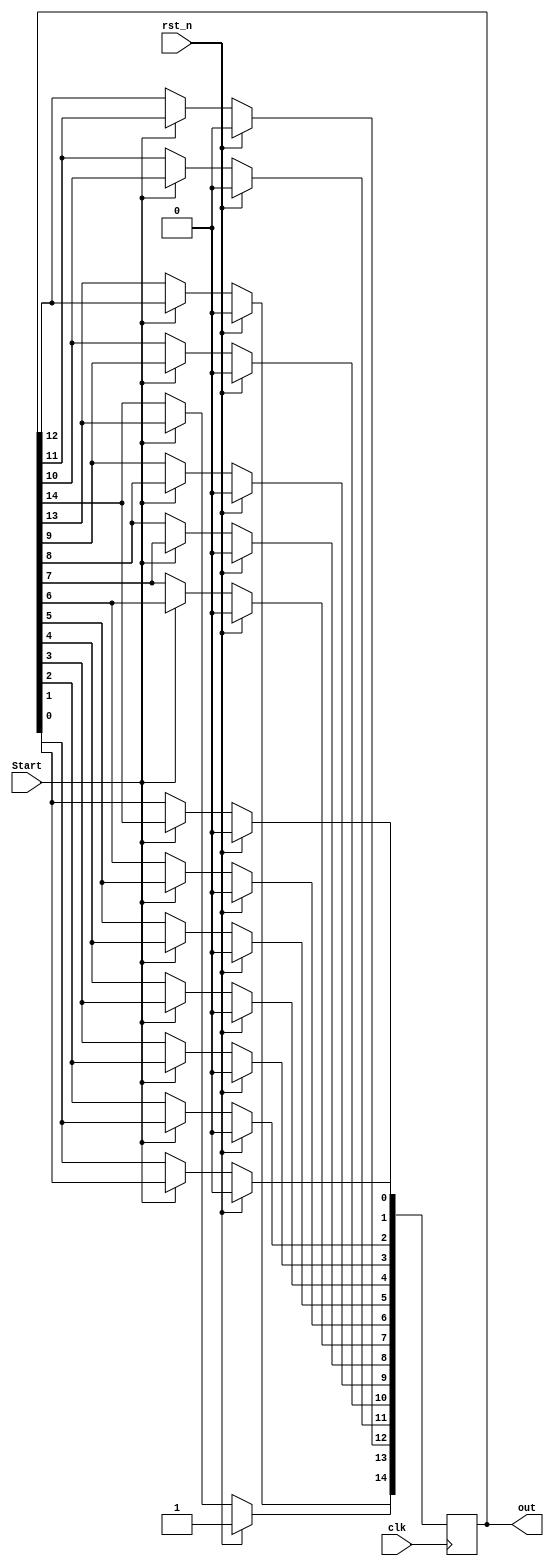
`timescale 1ns / 1ps
//////////////////////////////////////////////////////////////////////////////////
// Company: 
// Engineer: 
// 
// Design Name: 
// Module Name: Ringcounter
// Project Name: 
// Target Devices: 
// Tool Versions: 
// Description: 
// 
// Dependencies: 
// 
// Revision:
// Revision 0.01 - File Created
// Additional Comments:
// 
//////////////////////////////////////////////////////////////////////////////////
module Ringcounter(clk, Start, rst_n, out);

input clk, Start, rst_n;
output reg[14:0] out;

always@(posedge clk) begin
if(rst_n) out <= 15'b100_0000_0000_0000;
else begin
if(Start) begin
        out[0] <= out[14];
        out[1] <= out[0];
        out[2] <= out[1];
        out[3] <= out[2];
        out[4] <= out[3];
        out[5] <= out[4];
        out[6] <= out[5];
        out[7] <= out[6];
        out[8] <= out[7];
        out[9] <= out[8];
        out[10] <= out[9];
        out[11] <= out[10];
        out[12] <= out[11];
        out[13] <= out[12];
        out[14] <= out[13];
    end
end
end
endmodule